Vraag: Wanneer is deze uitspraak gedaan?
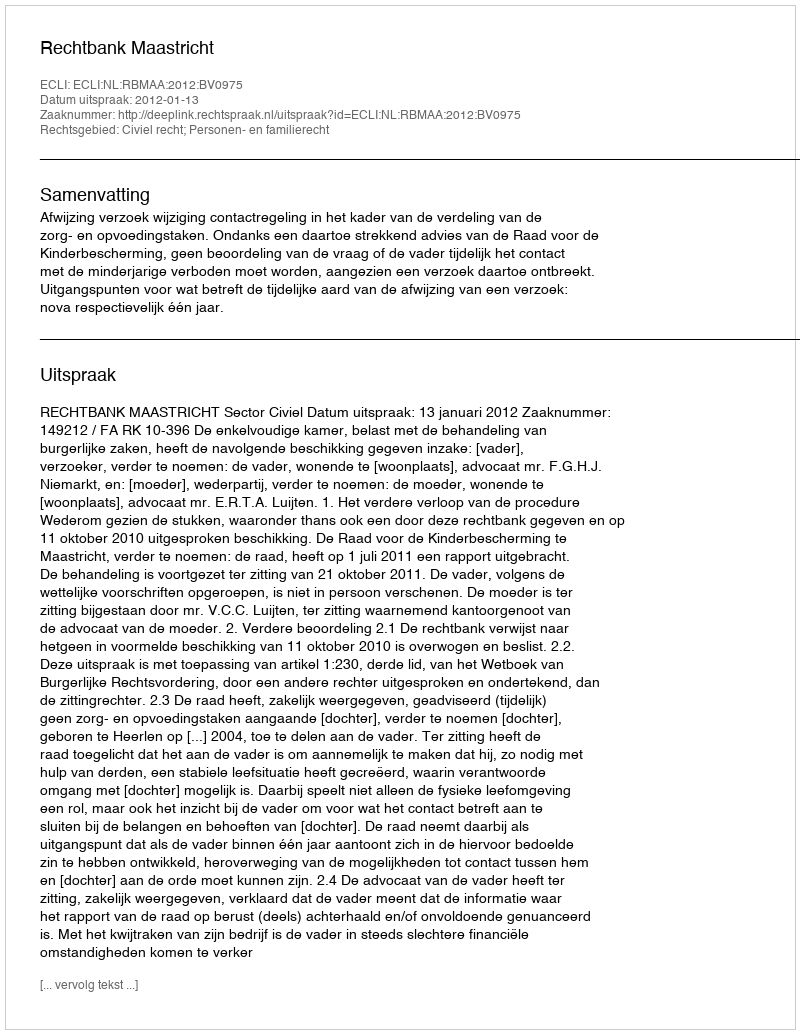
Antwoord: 2012-01-13